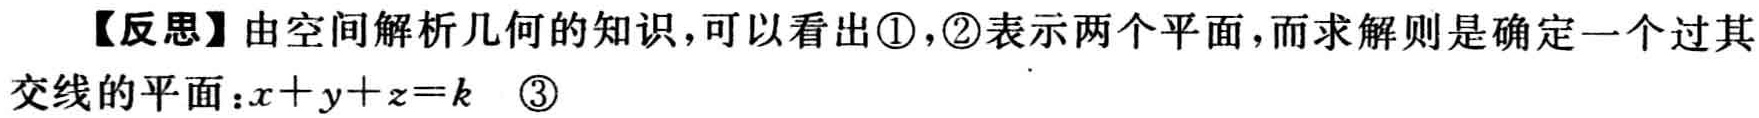
【反思】由空间解析几何的知识，可以看出\textcircled{1}，\textcircled{2}表示两个平面，而求解则是确定一个过其交线的平面：\(x + y + z = k\) \textcircled{3}